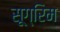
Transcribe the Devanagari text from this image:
सूग्रिम